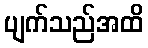
ပျက်သည်အထိ